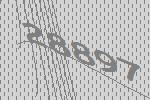
28897